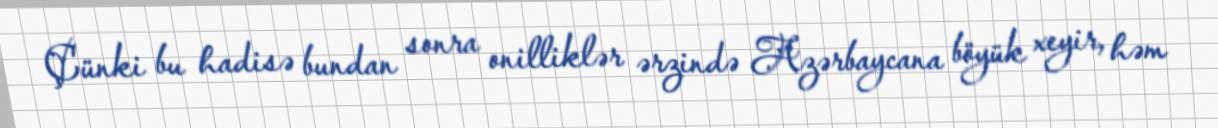
Çünki bu hadisə bundan sonra onilliklər ərzində Azərbaycana böyük xeyir, həm